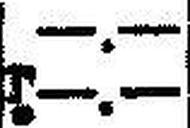
T.—.—